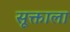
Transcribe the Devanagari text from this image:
सूक्ताला